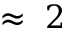
\approx ~ 2